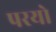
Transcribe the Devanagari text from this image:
परयो